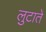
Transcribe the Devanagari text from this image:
लुटाते